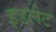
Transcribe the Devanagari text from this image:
इडलेट